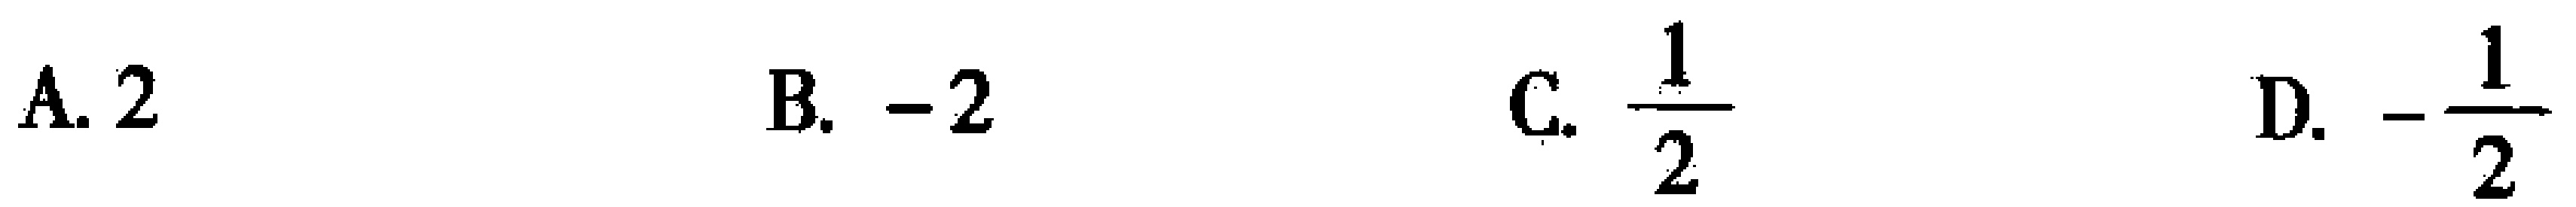
A. \(2\)  B. \(-2\)  C. \(\frac{1}{2}\)  D. \(-\frac{1}{2}\)